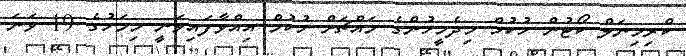
ކްރިމިނަލް ކޯޓުން ހުކުމް މިދެމީހުންގެ މައްޗަށް ހުކުމް އިއްވާފައިވަނީ މިމަހުގެ 19 ވަނަ